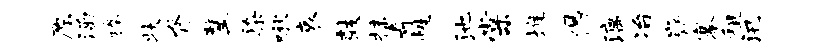
原涵捧状脊鳌染啾哀鼓抹奇性池棠堆偈漓冶嶷搴租汛